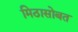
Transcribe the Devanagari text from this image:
मिठासोबत